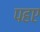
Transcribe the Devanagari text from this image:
पहए